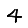
Digit: 4